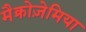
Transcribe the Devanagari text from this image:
मैक्रोज़ेमिया